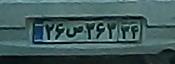
۲۶ص۳۶۳۳۴